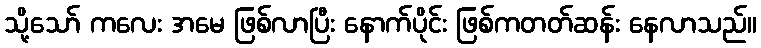
သို့သော် ကလေး အမေ ဖြစ်လာပြီး နောက်ပိုင်း ဖြစ်ကတတ်ဆန်း နေလာသည်။